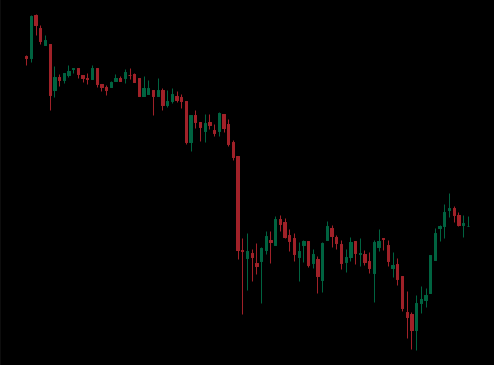
Pattern: bull_flag